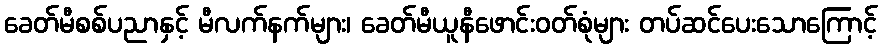
ခေတ်မီစစ်ပညာနှင့် မီလက်နက်များ၊ ခေတ်မီယူနီဖောင်းဝတ်စုံများ တပ်ဆင်ပေးသောကြောင့်